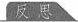
反思